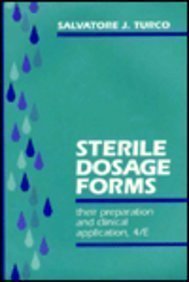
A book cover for Sterile Dosage Forms: Their Preparation and Clinical Application; Salvatore J. Turco; Medical Books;